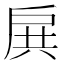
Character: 𢩉